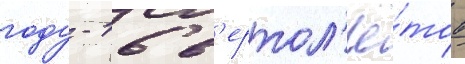
году - 16 в'ертол'ё́тов